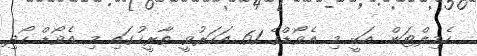
ހެމިލްޓަން އަކީ މި އެވޯޑްގެ 61 އަހަރުވީ ތާރީހުގައި މި އެވޯޑް ހޯދި